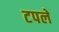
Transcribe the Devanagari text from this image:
टपले